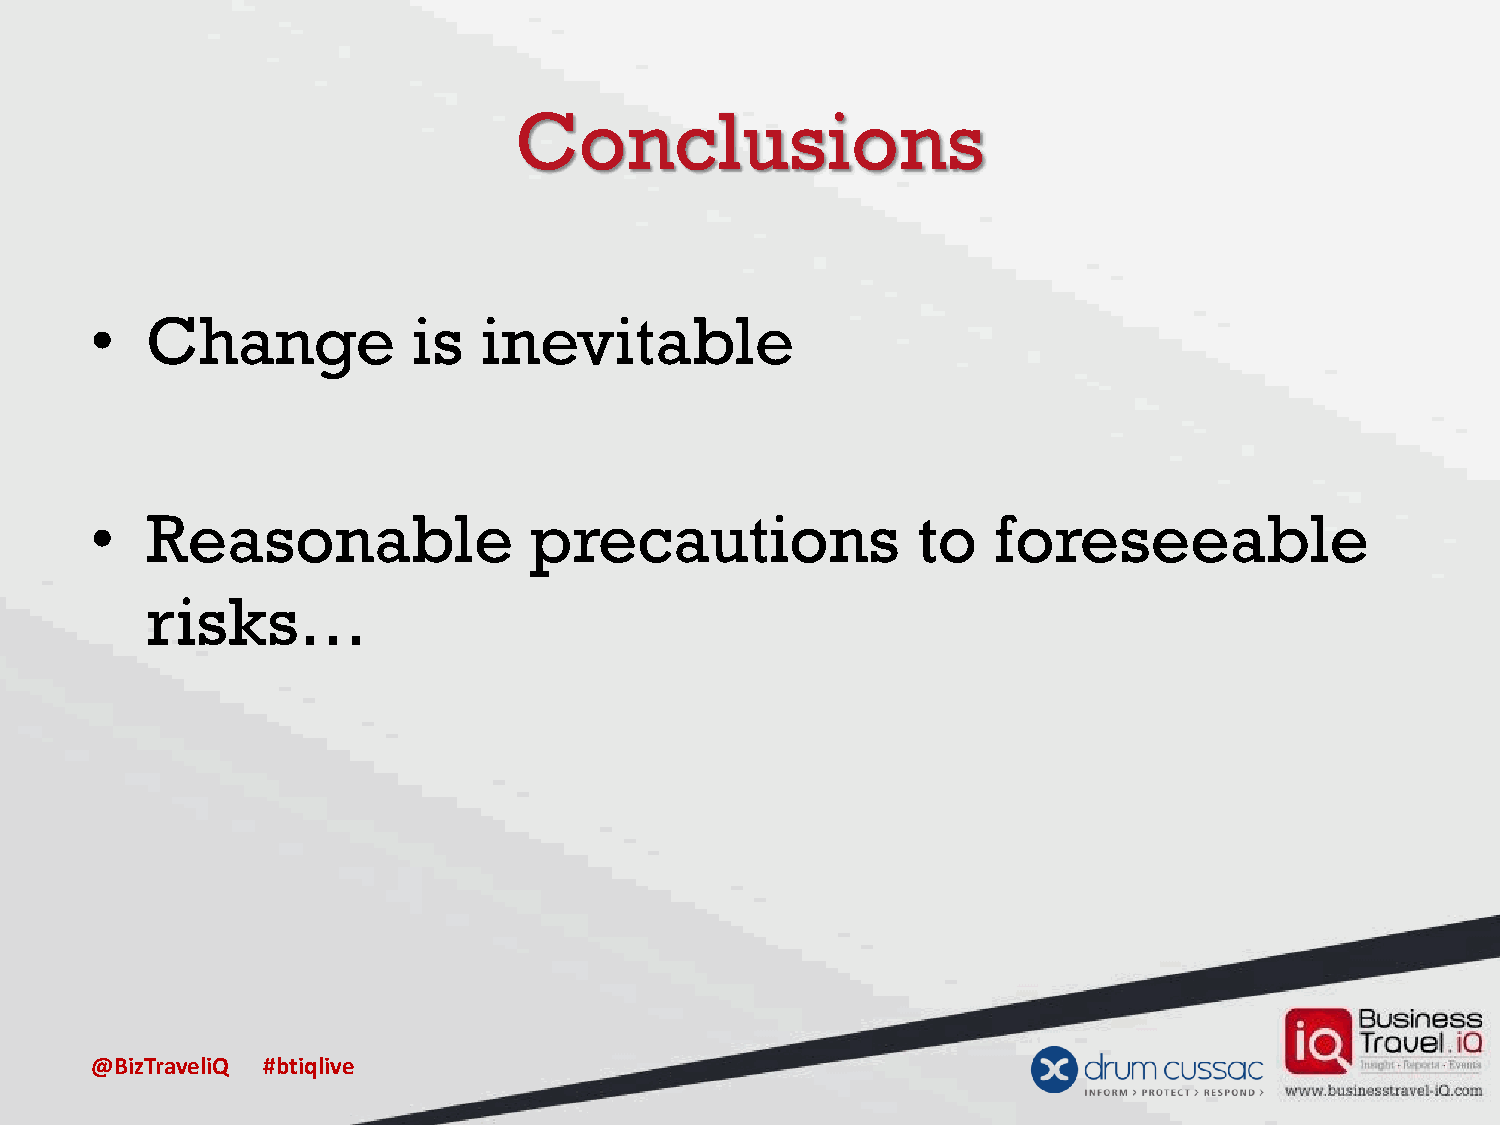
Conclusions
 •   Change           is   inevitable
 •   Reasonable               precautions               to   foreseeable
 risks…
 @BizTraveliQ #btiqlive